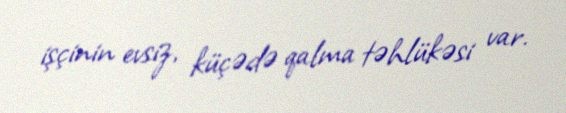
işçinin evsiz, küçədə qalma təhlükəsi var.